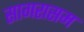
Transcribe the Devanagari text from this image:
सागरासम